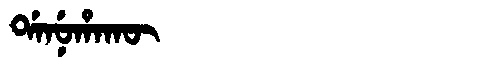
Manchu: ᡩᠠᠨᡠᡥᠠᡴᡡ
Romanization: DANUHAKŪ